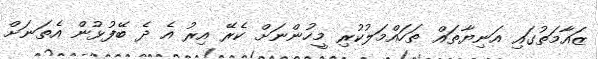
ޒައާމަތުގައި އަނިޔާތައް ތަހައްމަލުކުރި މީހުންނަށް ކެރޭ އިރު އެ ދެ ބޭފުޅުން އެތަނަށް